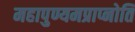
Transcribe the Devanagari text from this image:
महापुण्यमप्राप्नोति